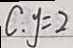
C . y = 2